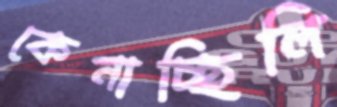
কেনাচ্ছিলি